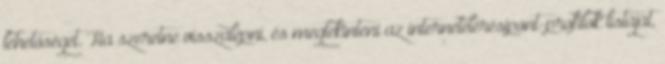
lehetőséget. Ha szeretne visszalépni, és megtekinteni az internetelérésipont-profilok listáját,